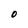
Character: O